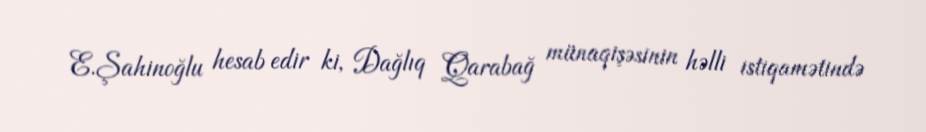
E.Şahinoğlu hesab edir ki, Dağlıq Qarabağ münaqişəsinin həlli istiqamətində